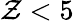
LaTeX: \mathcal{Z}<5